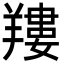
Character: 𦎹